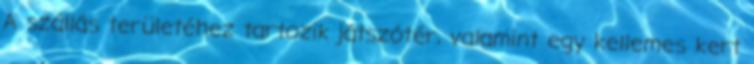
A szállás területéhez tartozik játszótér, valamint egy kellemes kert